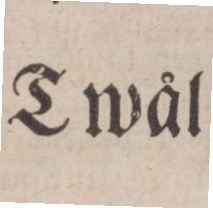
Twål